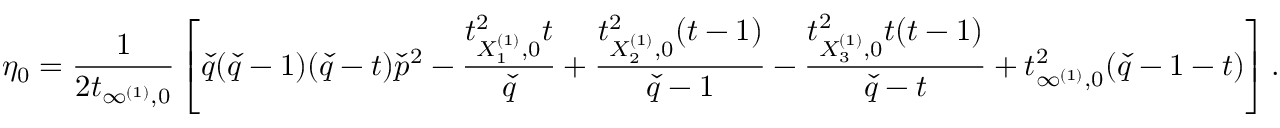
\eta _ { 0 } = \frac { 1 } { 2 t _ { \infty ^ { ( 1 ) } , 0 } } \left[ \check { q } ( \check { q } - 1 ) ( \check { q } - t ) \check { p } ^ { 2 } - \frac { t _ { X _ { 1 } ^ { ( 1 ) } , 0 } ^ { 2 } t } { \check { q } } + \frac { t _ { X _ { 2 } ^ { ( 1 ) } , 0 } ^ { 2 } ( t - 1 ) } { \check { q } - 1 } - \frac { t _ { X _ { 3 } ^ { ( 1 ) } , 0 } ^ { 2 } t ( t - 1 ) } { \check { q } - t } + t _ { \infty ^ { ( 1 ) } , 0 } ^ { 2 } ( \check { q } - 1 - t ) \right] .